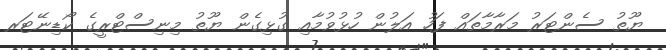
ޔޫތު ސެންޓަރު މަރާމާތައް ފަހު އަލުން ހުޅުވުމާއި ގުޅިގެން ޔޫތު މިނިސްޓްރީގެ ކޯޑިނޭޓަރ